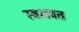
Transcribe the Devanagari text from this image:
स्वभवत